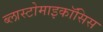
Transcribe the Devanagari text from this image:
ब्लास्टोमाइकॉसिस